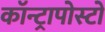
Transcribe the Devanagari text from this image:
कॉन्ट्रापोस्टो